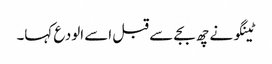
ٹینگو نے چھ بجے سے قبل اسے الودع کہا۔